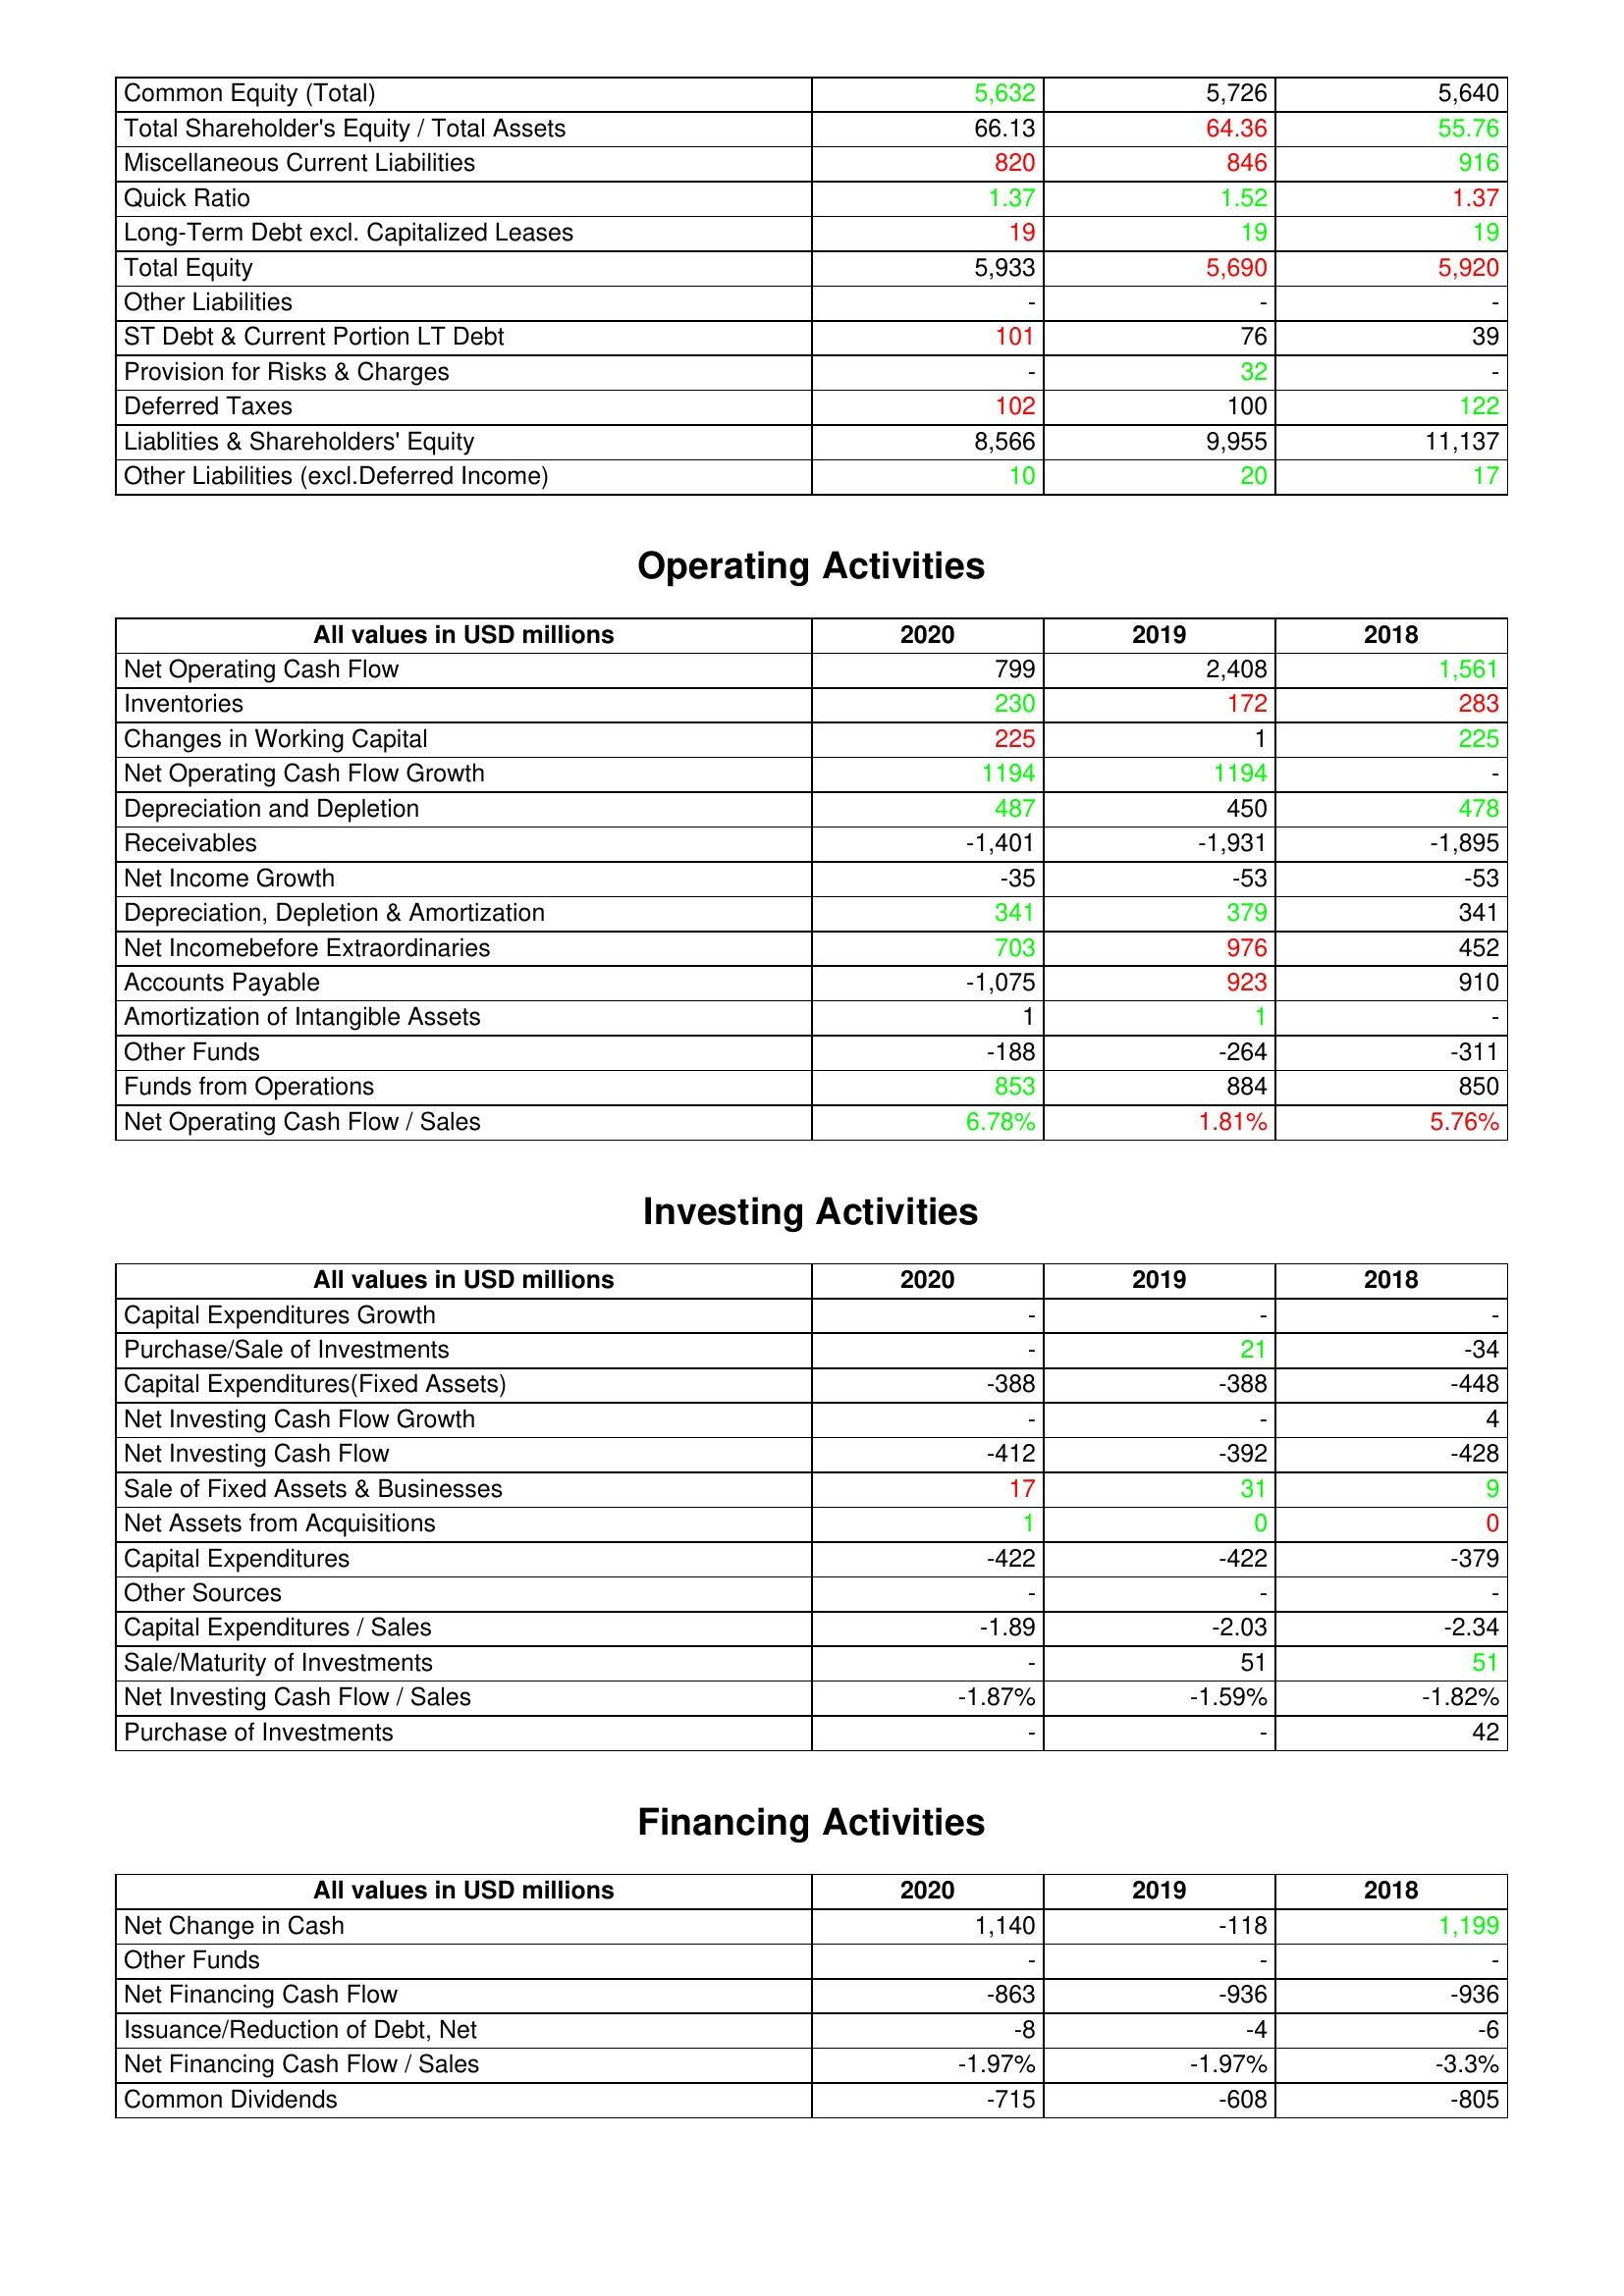
gt_parse: 2020: Liabilities & Shareholder's Equity: Common Equity (Total): 5,632
Total Shareholder's Equity / Total Assets: 66.13
Miscellaneous Current Liabilities: 820
Quick Ratio: 1.37
Long-Term Debt excl. Capitalized Leases: 19
Total Equity: 5,933
Other Liabilities: -
ST Debt & Current Portion LT Debt: 101
Provision for Risks & Charges: -
Deferred Taxes: 102
Liablities & Shareholders' Equity: 8,566
Other Liabilities (excl.Deferred Income): 10
Operating Activities: Net Operating Cash Flow: 799
Inventories: 230
Changes in Working Capital: 225
Net Operating Cash Flow Growth: 1194
Depreciation and Depletion: 487
Receivables: -1,401
Net Income Growth: -35
Depreciation, Depletion & Amortization: 341
Net Incomebefore Extraordinaries: 703
Accounts Payable: -1,075
Amortization of Intangible Assets: 1
Other Funds: -188
Funds from Operations: 853
Net Operating Cash Flow / Sales: 6.78%
Investing Activities: Capital Expenditures Growth: -
Purchase/Sale of Investments: -
Capital Expenditures(Fixed Assets): -388
Net Investing Cash Flow Growth: -
Net Investing Cash Flow: -412
Sale of Fixed Assets & Businesses: 17
Net Assets from Acquisitions: 1
Capital Expenditures: -422
Other Sources: -
Capital Expenditures / Sales: -1.89
Sale/Maturity of Investments: -
Net Investing Cash Flow / Sales: -1.87%
Purchase of Investments: -
Financing Activities: Net Change in Cash: 1,140
Other Funds: -
Net Financing Cash Flow: -863
Issuance/Reduction of Debt, Net: -8
Net Financing Cash Flow / Sales: -1.97%
Common Dividends: -715
2019: Liabilities & Shareholder's Equity: Common Equity (Total): 5,726
Total Shareholder's Equity / Total Assets: 64.36
Miscellaneous Current Liabilities: 846
Quick Ratio: 1.52
Long-Term Debt excl. Capitalized Leases: 19
Total Equity: 5,690
Other Liabilities: -
ST Debt & Current Portion LT Debt: 76
Provision for Risks & Charges: 32
Deferred Taxes: 100
Liablities & Shareholders' Equity: 9,955
Other Liabilities (excl.Deferred Income): 20
Operating Activities: Net Operating Cash Flow: 2,408
Inventories: 172
Changes in Working Capital: 1
Net Operating Cash Flow Growth: 1194
Depreciation and Depletion: 450
Receivables: -1,931
Net Income Growth: -53
Depreciation, Depletion & Amortization: 379
Net Incomebefore Extraordinaries: 976
Accounts Payable: 923
Amortization of Intangible Assets: 1
Other Funds: -264
Funds from Operations: 884
Net Operating Cash Flow / Sales: 1.81%
Investing Activities: Capital Expenditures Growth: -
Purchase/Sale of Investments: 21
Capital Expenditures(Fixed Assets): -388
Net Investing Cash Flow Growth: -
Net Investing Cash Flow: -392
Sale of Fixed Assets & Businesses: 31
Net Assets from Acquisitions: 0
Capital Expenditures: -422
Other Sources: -
Capital Expenditures / Sales: -2.03
Sale/Maturity of Investments: 51
Net Investing Cash Flow / Sales: -1.59%
Purchase of Investments: -
Financing Activities: Net Change in Cash: -118
Other Funds: -
Net Financing Cash Flow: -936
Issuance/Reduction of Debt, Net: -4
Net Financing Cash Flow / Sales: -1.97%
Common Dividends: -608
2018: Liabilities & Shareholder's Equity: Common Equity (Total): 5,640
Total Shareholder's Equity / Total Assets: 55.76
Miscellaneous Current Liabilities: 916
Quick Ratio: 1.37
Long-Term Debt excl. Capitalized Leases: 19
Total Equity: 5,920
Other Liabilities: -
ST Debt & Current Portion LT Debt: 39
Provision for Risks & Charges: -
Deferred Taxes: 122
Liablities & Shareholders' Equity: 11,137
Other Liabilities (excl.Deferred Income): 17
Operating Activities: Net Operating Cash Flow: 1,561
Inventories: 283
Changes in Working Capital: 225
Net Operating Cash Flow Growth: -
Depreciation and Depletion: 478
Receivables: -1,895
Net Income Growth: -53
Depreciation, Depletion & Amortization: 341
Net Incomebefore Extraordinaries: 452
Accounts Payable: 910
Amortization of Intangible Assets: -
Other Funds: -311
Funds from Operations: 850
Net Operating Cash Flow / Sales: 5.76%
Investing Activities: Capital Expenditures Growth: -
Purchase/Sale of Investments: -34
Capital Expenditures(Fixed Assets): -448
Net Investing Cash Flow Growth: 4
Net Investing Cash Flow: -428
Sale of Fixed Assets & Businesses: 9
Net Assets from Acquisitions: 0
Capital Expenditures: -379
Other Sources: -
Capital Expenditures / Sales: -2.34
Sale/Maturity of Investments: 51
Net Investing Cash Flow / Sales: -1.82%
Purchase of Investments: 42
Financing Activities: Net Change in Cash: 1,199
Other Funds: -
Net Financing Cash Flow: -936
Issuance/Reduction of Debt, Net: -6
Net Financing Cash Flow / Sales: -3.3%
Common Dividends: -805